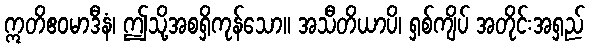
ဣတိဧဝမာဒီနံ၊ ဤသို့အစရှိကုန်သော။ အသီတိယာပိ၊ ရှစ်ကျိပ် အတိုင်းအရှည်